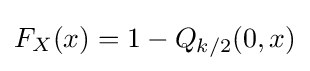
F_{X}(x)=1-Q_{k/2}(0,x)